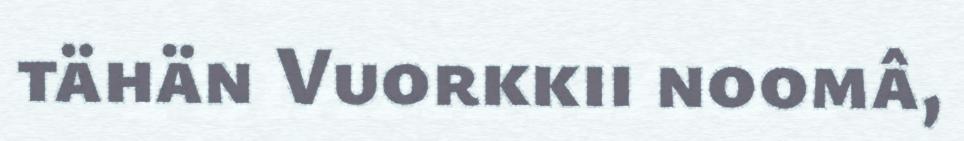
tähän Vuorkkii noomâ,